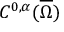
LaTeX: C ^ { 0 , \alpha } ( { \overline { { \Omega } } } )